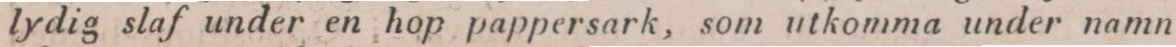
lydig slaf under en hop pappersark, som utkomma under namn